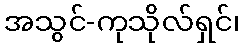
အသွင်-ကုသိုလ်ရှင်၊